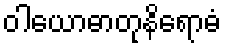
ဝါယောဓာတုနိရောဓံ